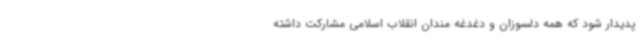
پدیدار شود که همه دلسوزان و دغدغه مندان انقلاب اسلامی مشارکت داشته